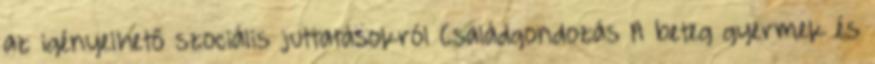
az igényelhető szociális juttatásokról Családgondozás A beteg gyermek és